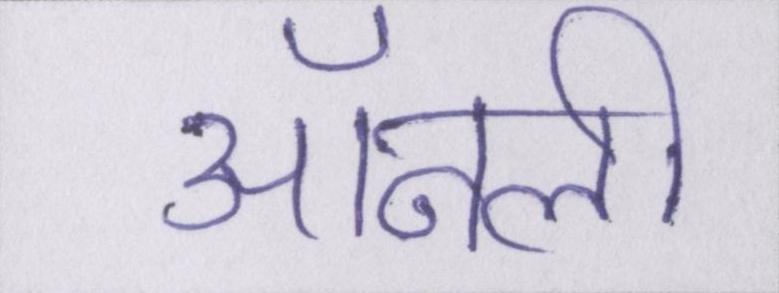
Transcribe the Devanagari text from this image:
ऑनली